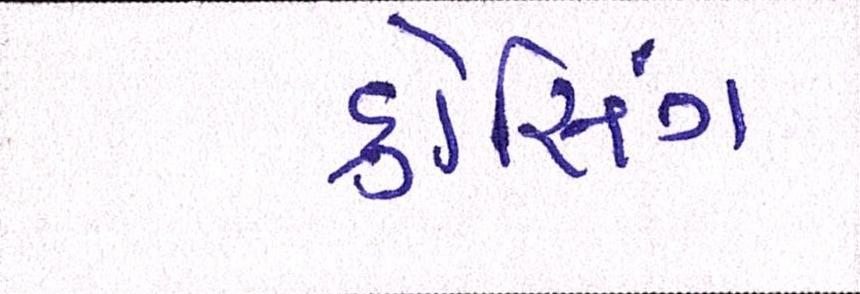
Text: ક્રોસિંગ